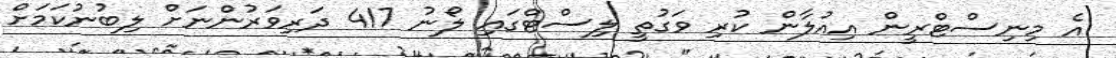
އެ މިނިސްޓްރީން އިއުލާން ކުރި ވަގުތީ ލިސްޓްގައި ލޯނު 417 ދަރިވަރުންނަށް ލިބުނުކަމަށް